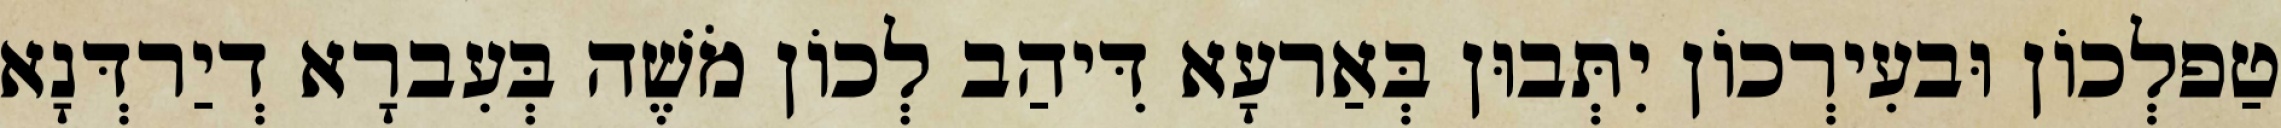
טַפלְכוֹן וּבעִירְכוֹן יִתְּבוּן בְּאַרעָא דִּיהַב לְכוֹן מֹשֶׁה בְּעִברָא דְיַרדְּנָא